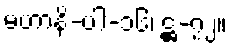
မဟာနိ-ပါ-၁၆၊ ဋ္ဌ-၇၂။